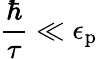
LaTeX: {\frac{\hbar}{\tau}}\ll\epsilon_{\mathrm{{p}}}